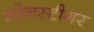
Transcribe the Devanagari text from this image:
श्वेनस्टीगर